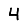
Digit: 4